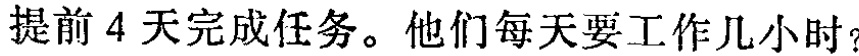
提前4天完成任务。他们每天要工作几小时？